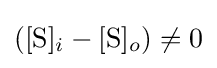
([{\mbox{S}}]_{i}-[{\mbox{S}}]_{o})\neq 0